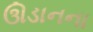
ઊડાનના